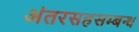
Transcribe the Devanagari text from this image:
अंतरसहसम्बन्ध